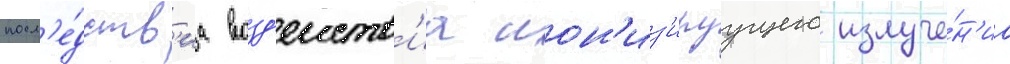
посл'е́дств'иа возд'еиств'иа ион'из'ируущего излуче́н'иа